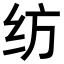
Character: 纺